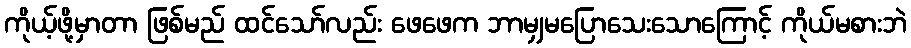
ကိုယ့်ဖို့မှာတာ ဖြစ်မည် ထင်သော်လည်း ဖေဖေက ဘာမျှမပြောသေးသောကြောင့် ကိုယ်မစားဘဲ